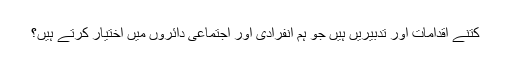
کتنے اقدامات اور تدبیریں ہیں جو ہم انفرادی اور اجتماعی دائروں میں اختیار کرتے ہیں؟